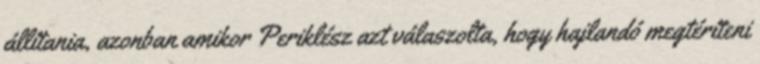
állítania, azonban amikor Periklész azt válaszolta, hogy hajlandó megtéríteni